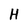
Character: H